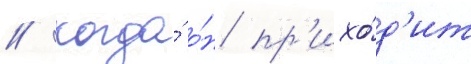
// Когда́ о́н пр'ихо́д'ит